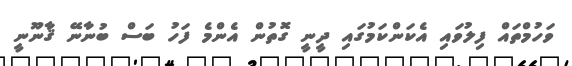
ވަހުމްތައް ފިލުވައި އެކަންކަމުގައި ދީނީ ގޮތުން އެންމެ ފަހު ބަސް ބުނާނޭ ޤާނޫނީ